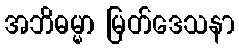
အဘိဓမ္မာ မြတ်ဒေသနာ